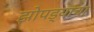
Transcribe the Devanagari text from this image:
झोपड्यांचा